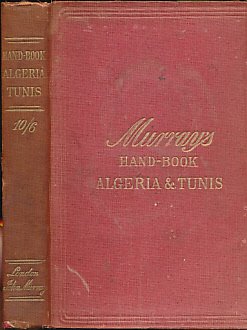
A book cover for Algeria. A Handbook for Travellers in Algeria and Tunis; Murray; Travel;